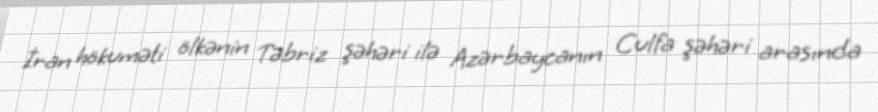
İran hökuməti ölkənin Təbriz şəhəri ilə Azərbaycanın Culfa şəhəri arasında